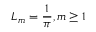
L _ { m } = \frac { 1 } { \pi } , m \geq 1